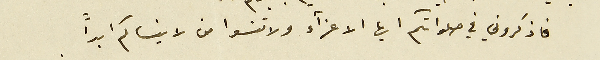
فاذكروني في صلواتكم ايها الاعزاء ولاتنسوا من لاينساكم ابداً